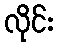
လိုင်း